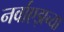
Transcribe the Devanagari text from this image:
नर्वाएझच्या